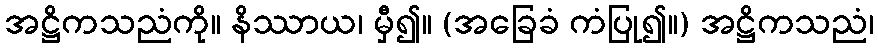
အဋ္ဌိကသညံကို။ နိဿာယ၊ မှီ၍။ (အခြေခံ ကံပြု၍။) အဋ္ဌိကသညံ၊